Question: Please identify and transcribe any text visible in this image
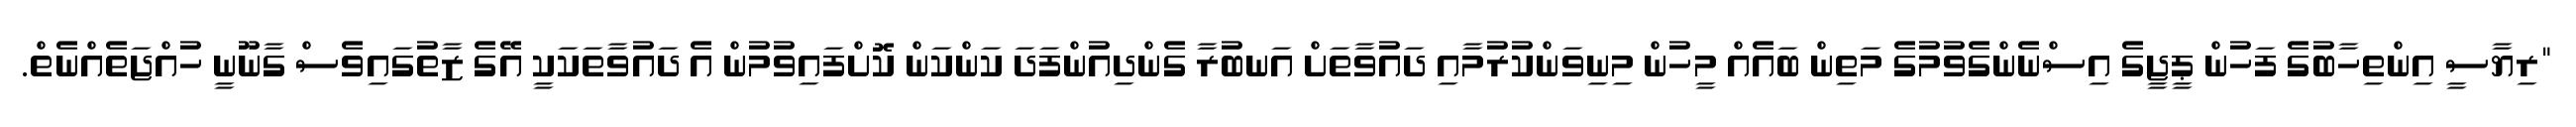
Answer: "ރިޔާސީ އިންތިހާބުގެ ފަހުން ޕީޖީގެ އިސްނެންގެވުމުގެ މަތިން ބައެއް މީހުން މިނިވަންކުރުމާއި ދައުވާތަށް އަނބުރާ ގެންދިއުންފަދަ ކަންކަން ކޮށްފައިވުމުން އެ ދައުވާތަކަކީ އޭގެ ޒާތުގައިވެސް ގާނޫނީ ހުއްޖަތެއްނެތް.